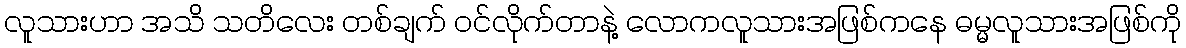
လူသားဟာ အသိ သတိလေး တစ်ချက် ဝင်လိုက်တာနဲ့ လောကလူသားအဖြစ်ကနေ ဓမ္မလူသားအဖြစ်ကို